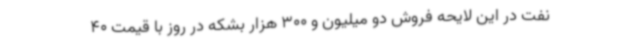
نفت در این لایحه فروش دو میلیون و 300 هزار بشکه در روز با قیمت 40